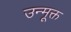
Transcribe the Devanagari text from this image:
उन्मूक्त